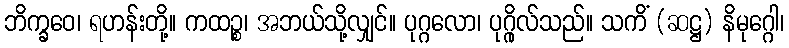
ဘိက္ခဝေ၊ ရဟန်းတို့။ ကထဉ္စ၊ အဘယ်သို့လျှင်။ ပုဂ္ဂလော၊ ပုဂ္ဂိုလ်သည်။ သကိံ (ဆဋ္ဌ) နိမုဂ္ဂေါ၊